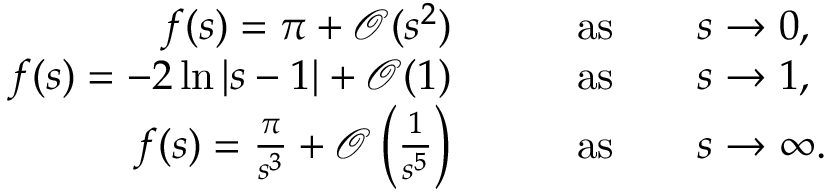
\begin{array} { r l } { f ( s ) = \pi + \mathcal { O } ( s ^ { 2 } ) } & { \qquad \mathrm { a s } \qquad s \to 0 , } \\ { f ( s ) = - 2 \ln | s - 1 | + \mathcal { O } ( 1 ) } & { \qquad \mathrm { a s } \qquad s \to 1 , } \\ { f ( s ) = \frac { \pi } { s ^ { 3 } } + \mathcal { O } \left( \frac { 1 } { s ^ { 5 } } \right) } & { \qquad \mathrm { a s } \qquad s \to \infty . \ } \end{array}